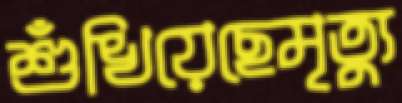
শুঁখিয়েছেমৃত্যু